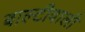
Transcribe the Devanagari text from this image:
बाल्टीवाली